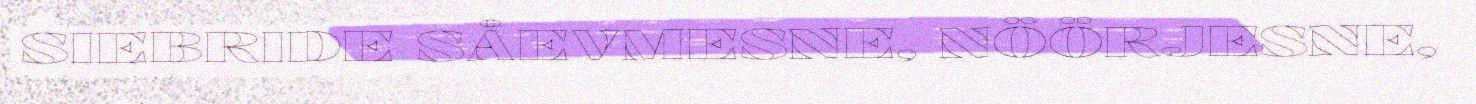
SIEBRIDE SÅEVMESNE, NÖÖRJESNE,